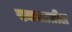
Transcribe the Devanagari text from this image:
ख्यालातील